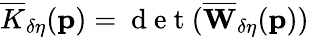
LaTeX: \overline{{K}}_{\delta\eta}(\mathbf{p})=\mathrm{~d~e~t~}(\overline{{\mathbf{W}}}_{\delta\eta}(\mathbf{p}))